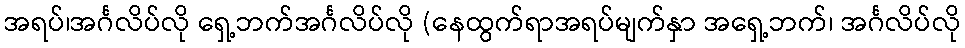
အရပ်၊အင်္ဂလိပ်လို ရှေ့ဘက်အင်္ဂလိပ်လို (နေထွက်ရာအရပ်မျက်နှာ အရှေ့ဘက်၊ အင်္ဂလိပ်လို